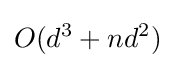
O(d^{3}+nd^{2})